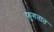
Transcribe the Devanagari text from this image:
फुगतात